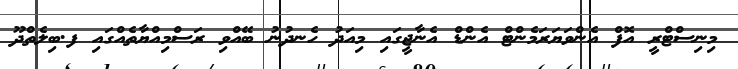
މިނިސްޓްރީ އޮފް އެންވަޔަރަމެންޓް އެންޑް އެނާޖީގައި މިއަދު ހެނދުނު ބޭއްވި ރަސްމިއްޔާތެއްގައި ފ.ބިލެތްދޫ